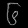
Digit: ၆